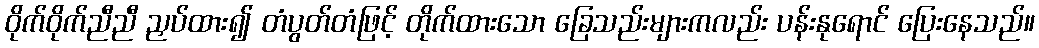
ဝိုက်ဝိုက်ညီညီ ညှပ်ထား၍ တံပွတ်တံဖြင့် တိုက်ထားသော ခြေသည်းများကလည်း ပန်းနုရောင် ပြေးနေသည်။